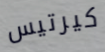
كيرتيس